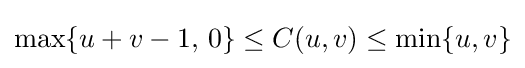
\max\{u+v-1,\,0\}\leq C(u,v)\leq \min\{u,v\}